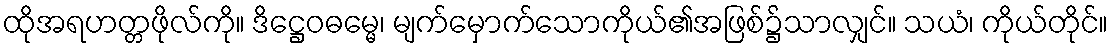
ထိုအရဟတ္တဖိုလ်ကို။ ဒိဋ္ဌေဝဓမ္မေ၊ မျက်မှောက်သောကိုယ်၏အဖြစ်၌သာလျှင်။ သယံ၊ ကိုယ်တိုင်။